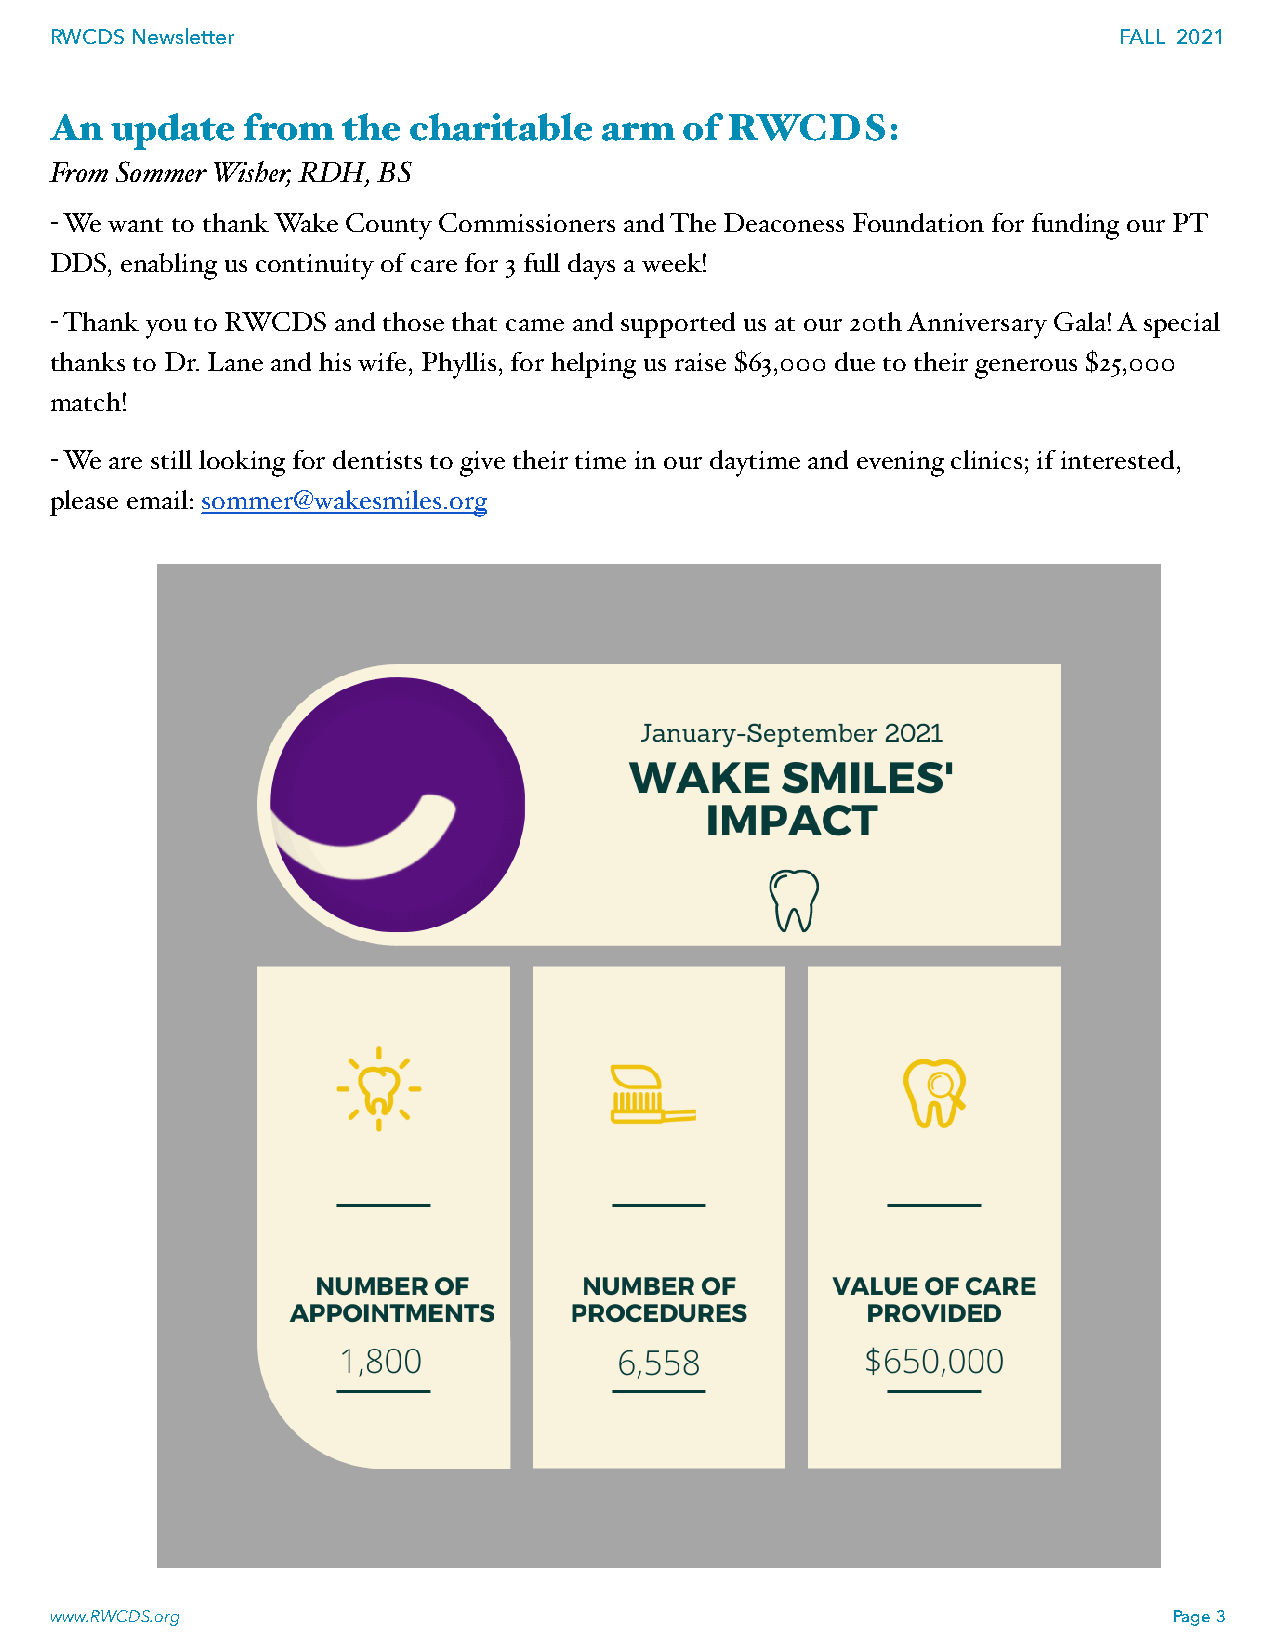
RWCDS Newsletter                                                       FALL 2021
 An  update   from   the charitable   arm  of RWCDS:
 From Sommer Wisher, RDH, BS
 - We want to thank Wake County Commissioners and The Deaconess Foundation for funding our PT
 DDS, enabling us continuity of care for 3 full days a week!
 - Thank you to RWCDS and those that came and supported us at our 20th Anniversary Gala! A special
 thanks to Dr. Lane and his wife, Phyllis, for helping us raise $63,000 due to their generous $25,000
 match!
 - We are still looking for dentists to give their time in our daytime and evening clinics; if interested,
 please email: sommer@wakesmiles.org
 www.RWCDS.org                                                              Page 3